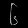
Digit: ၆